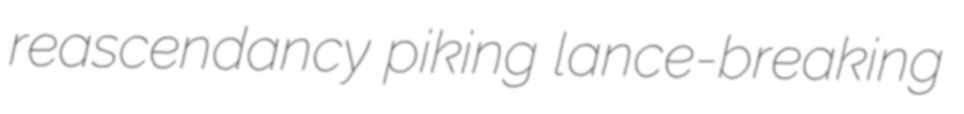
reascendancy piking lance-breaking